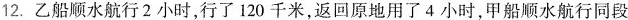
12.乙船顺水航行2小时，行了120千米，返回原地用了4小时，甲船顺水航行同段